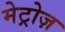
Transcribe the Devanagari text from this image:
मेट्रोज़